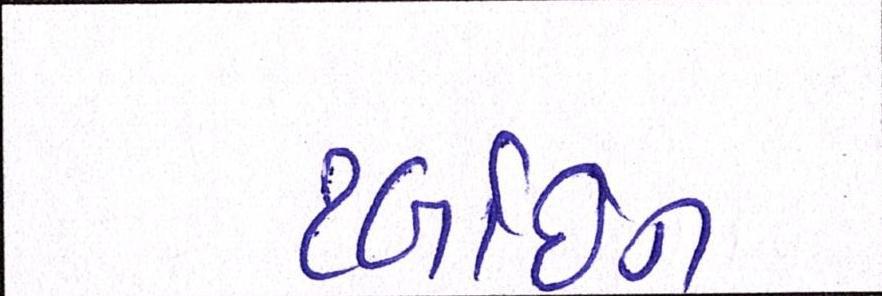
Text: ટર્બાઇન